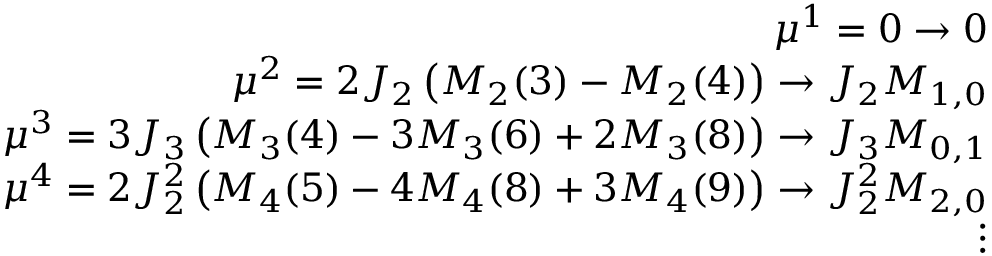
\begin{array} { r l r } & { } & { \mu ^ { 1 } = 0 \to 0 } \\ & { } & { \mu ^ { 2 } = 2 J _ { 2 } \left( M _ { 2 } ( 3 ) - M _ { 2 } ( 4 ) \right) \to J _ { 2 } M _ { 1 , 0 } } \\ & { } & { \mu ^ { 3 } = 3 J _ { 3 } \left( M _ { 3 } ( 4 ) - 3 M _ { 3 } ( 6 ) + 2 M _ { 3 } ( 8 ) \right) \to J _ { 3 } M _ { 0 , 1 } } \\ & { } & { \mu ^ { 4 } = 2 J _ { 2 } ^ { 2 } \left( M _ { 4 } ( 5 ) - 4 M _ { 4 } ( 8 ) + 3 M _ { 4 } ( 9 ) \right) \to J _ { 2 } ^ { 2 } M _ { 2 , 0 } } \\ & { } & { \quad \ \ \vdots } \end{array}